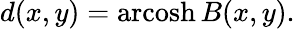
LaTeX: d(x,y)=\operatorname{arcosh}B(x,y).